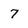
Character: 7